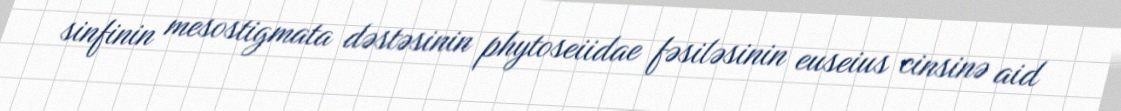
sinfinin mesostigmata dəstəsinin phytoseiidae fəsiləsinin euseius cinsinə aid